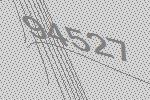
94527